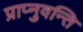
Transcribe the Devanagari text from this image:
प्राप्नुवन्ति